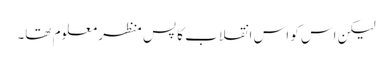
لیکن اس کو اس انقلاب کا پس منظر معلوم تھا۔